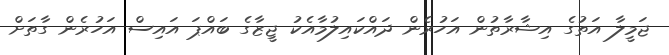
ޖަމީލާ އަތުގެ އިޝާރާތުން އަހުރެން ދައްކައިލުމާއެކު ޖީޒާގެ ބައްޕަ އައިސް އަހުރެން ގާތަށް